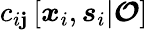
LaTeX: c_{i\mathbf{j}}\left[\boldsymbol{x}_{i},\boldsymbol{s}_{i}|\boldsymbol{\mathcal{{O}}}\right]